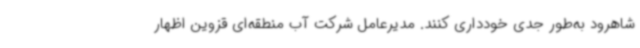
شاهرود به‌طور جدی خودداری کنند. مدیرعامل شرکت آب منطقه‌ای قزوین اظهار